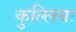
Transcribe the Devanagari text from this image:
कुल्लियः